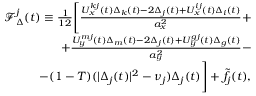
\begin{array} { r } { \mathcal { F } _ { \Delta } ^ { j } ( t ) \equiv \frac { 1 } { 1 2 } \Bigg [ \frac { U _ { x } ^ { k j } ( t ) \Delta _ { k } ( t ) - 2 \Delta _ { j } ( t ) + U _ { x } ^ { i j } ( t ) \Delta _ { i } ( t ) } { a _ { x } ^ { 2 } } + } \\ { + \frac { U _ { y } ^ { m j } ( t ) \Delta _ { m } ( t ) - 2 \Delta _ { j } ( t ) + U _ { y } ^ { g j } ( t ) \Delta _ { g } ( t ) } { a _ { y } ^ { 2 } } - } \\ { - ( 1 - T ) ( | \Delta _ { j } ( t ) | ^ { 2 } - \nu _ { j } ) \Delta _ { j } ( t ) \Bigg ] + \tilde { f } _ { j } ( t ) , } \end{array}